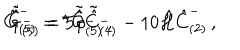
\hat { G } _ { ( 5 ) } ^ { - } = { } ^ { \star } \tilde { \hat { G } } { } _ { ( 5 ) } ^ { - } \, , \hspace { 1 c m } \tilde { \hat { G } } { } _ { ( 5 ) } ^ { - } = 5 \partial \tilde { \hat { C } } { } _ { ( 4 ) } ^ { - } - 1 0 \hat { \cal H } \hat { C } _ { ( 2 ) } ^ { - } \, ,